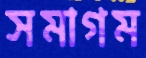
সমাগম